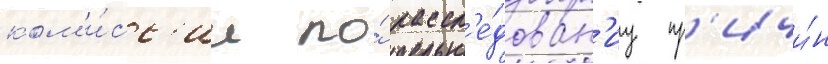
ком'и́сс'ии по́ рассл'е́дован'иу пр'ичи́н